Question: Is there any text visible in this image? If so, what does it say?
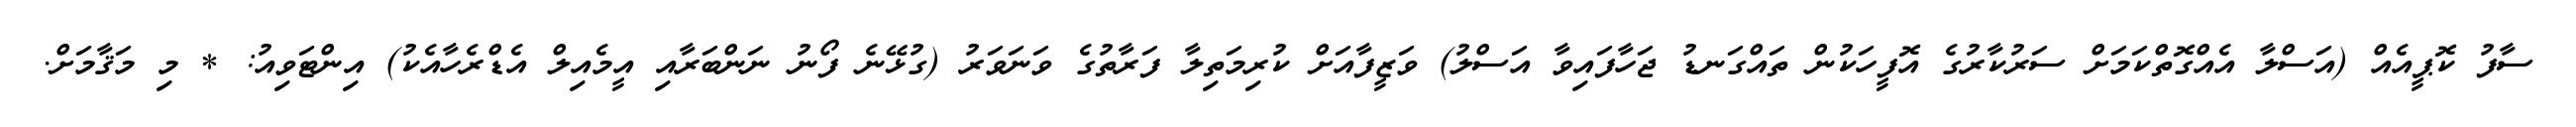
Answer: ސާފު ކޮޕީއެއް (އަސްލާ އެއްގޮތްކަމަށް ސަރުކާރުގެ އޮފީހަކުން ތައްގަނޑު ޖަހާފައިވާ އަސްލު) ވަޒީފާއަށް ކުރިމަތިލާ ފަރާތުގެ ވަނަވަރު (ގުޅޭނެ ފޯނު ނަންބަރާއި އީމެއިލް އެޑްރެހާއެކު) އިންޓަވިއު: * މި މަޤާމަށް.